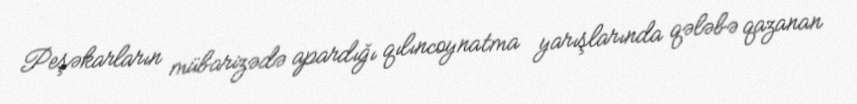
Peşəkarların mübarizədə apardığı qılıncoynatma yarışlarında qələbə qazanan